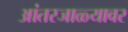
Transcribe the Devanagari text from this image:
आंतरजाळ्यावर